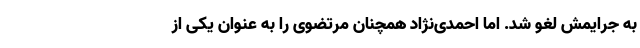
به جرایمش لغو شد. اما احمدی‌نژاد همچنان مرتضوی را به عنوان یکی از